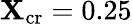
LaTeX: \mathbf{X}_{\mathrm{{cr}}}=0.25